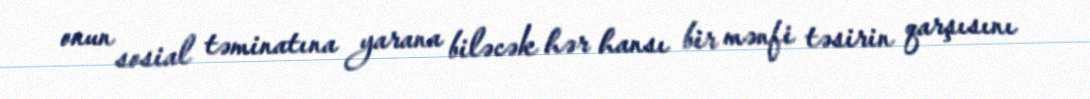
onun sosial təminatına yarana biləcək hər hansı bir mənfi təsirin qarşısını